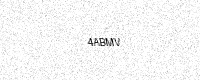
Text: 4ABMV